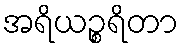
အရိယဉ္စရိတာ